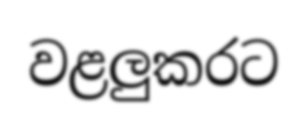
වළලුකරට